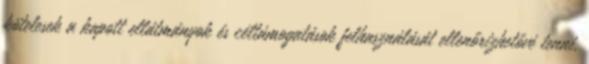
kötelesek a kapott ellátmányok és céltámogatások felhasználását ellenőrizhetővé tenni.